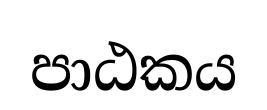
පාඨකය